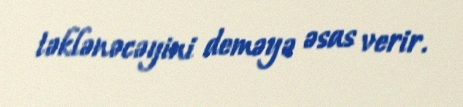
təklənəcəyini deməyə əsas verir.